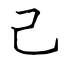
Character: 己